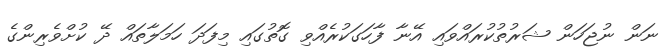
ނަން ނުޖަހަން ޝަރުތުކުރައްވައި އޭނާ ފާހަގަކުރެއްވި ގޮތުގައި މިފަދަ ހަމަލާތައް ދޭ ކުށްވެރިންގެ